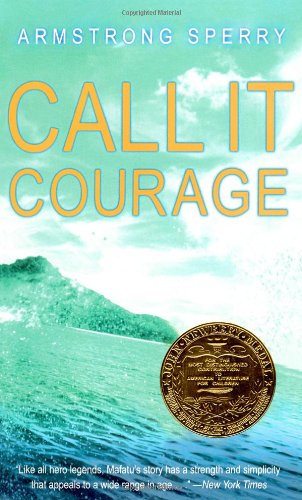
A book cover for Call It Courage; Armstrong Sperry; Teen & Young Adult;